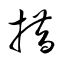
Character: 措